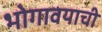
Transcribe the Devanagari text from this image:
भोगावयाची